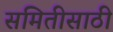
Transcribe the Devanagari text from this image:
समितीसाठी